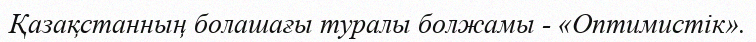
Қазақстанның болашағы туралы болжамы - «Оптимистік».